Madras plague regulations and rules - Volume 1
Disease focus: Plague
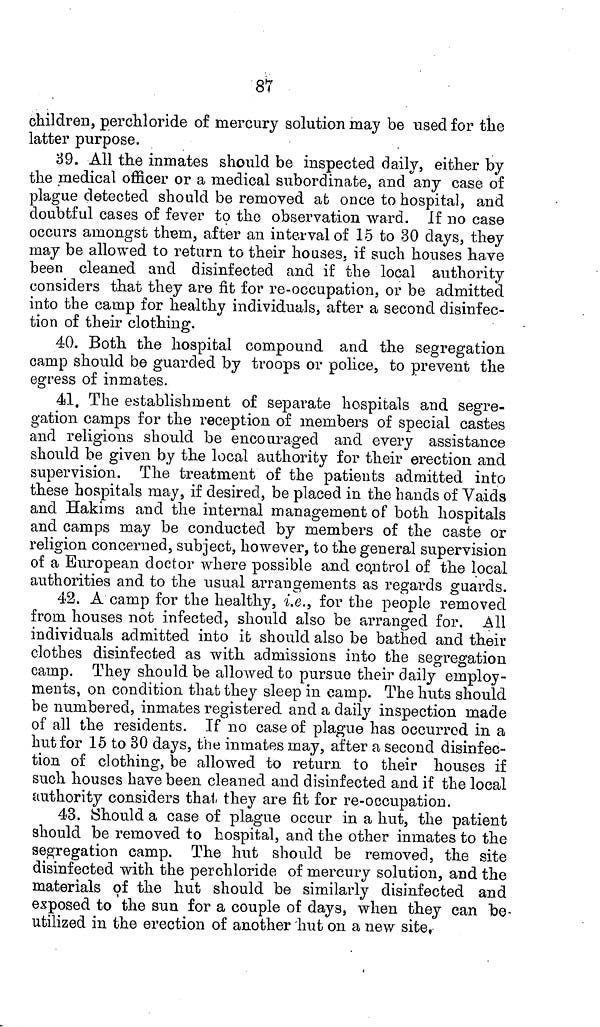
87
children, perchloride of mercury solution may be used for the
latter purpose.
39. All the inmates should be inspected daily, either by
the medical officer or a medical subordinate, and any case of
plague detected should be removed at once to hospital, and
doubtful cases of fever to the observation ward. If no case
occurs amongst them, after an interval of 15 to 30 days, they
may be allowed to return to their houses, if such houses have
been cleaned and disinfected and if the local authority
considers that they are fit for re-occupation, or be admitted
into the camp for healthy individuals, after a second disinfec-
tion of their clothing.
40. Both, the hospital compound and the segregation
camp should be guarded by troops or police, to prevent the
egress of inmates.
41. The establishment of separate hospitals and segre-
gation camps for the reception of members of special castes
and religions should be encouraged and every assistance
should be given by the local authority for their erection and
supervision. The treatment of the patients admitted into
these hospitals may, if desired, be placed in the hands of Vaids
and Hakims and the internal management of both hospitals
and camps may be conducted by members of the caste or
religion concerned, subject, however, to the general supervision
of a European doctor where possible and control of the local
authorities and to the usual arrangements as regards guards.
42. A camp for the healthy, i.e., for the people removed
from houses not infected, should also be arranged for. All
individuals admitted into it should also be bathed and their
clothes disinfected as with admissions into the segregation
camp. They should be allowed to pursue their daily employ-
ments, on condition that they sleep in camp. The huts should
be numbered, inmates registered and a daily inspection made
of all the residents. If no case of plague has occurred in a
hut for 15 to 30 days, the inmates may, after a second disinfec-
tion of clothing, be allowed to return to their houses if
such houses have been cleaned and disinfected and if the local
authority considers that they are fit for re-occupation.
43. Should a case of plague occur in a hut, the patient
should be removed to hospital, and the other inmates to the
segregation camp. The hut should be removed, the site
disinfected with the perchloride of mercury solution, and the
materials of the hut should be similarly disinfected and
exposed to the sun for a couple of days, when they can "be-
utilized in the erection of another hut on a new site,